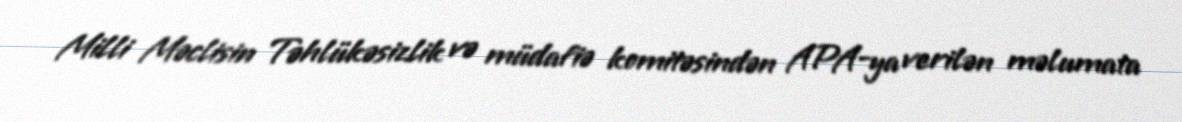
Milli Məclisin Təhlükəsizlik və müdafiə komitəsindən APA-ya verilən məlumata